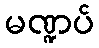
မဏ္ဍပ်